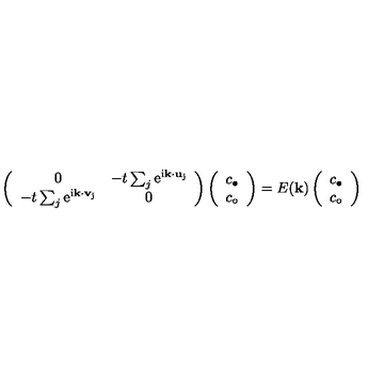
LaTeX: \left( \begin{array} { c c } { 0 } & { - t \sum _ { j } \mathrm { \Large e ^ { i { \bf k \cdot u } _ { j } } } } \\ { - t \sum _ { j } \mathrm { \Large e ^ { i { \bf k \cdot v } _ { j } } } } & { 0 } \\ \end{array} \right) \left( \begin{array} { c } { c _ { \bullet } } \\ { c _ { \circ } } \\ \end{array} \right) = E ( { \bf k } ) \left( \begin{array} { c } { c _ { \bullet } } \\ { c _ { \circ } } \\ \end{array} \right)